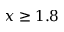
x \ge 1 . 8